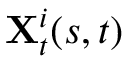
\mathbf { X } _ { t } ^ { i } ( s , t )